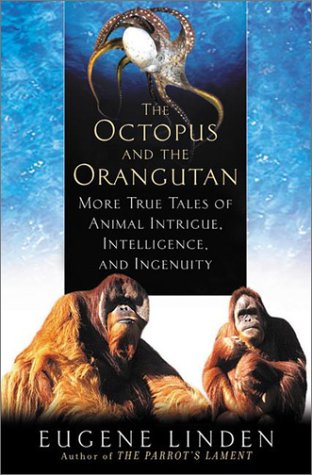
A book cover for The Octopus and the Orangutan: More True Tales of Animal Intrigue, Intelligence, and Ingenuity; Eugene Linden; Sports & Outdoors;